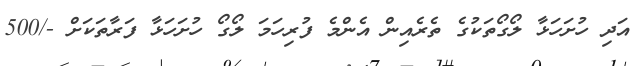
އަދި ހުށަހަޅާ ލޯގޯތަކުގެ ތެރެއިން އެންމެ ފުރިހަމަ ލޯގޯ ހުށަހަޅާ ފަރާތަކަށް -/500